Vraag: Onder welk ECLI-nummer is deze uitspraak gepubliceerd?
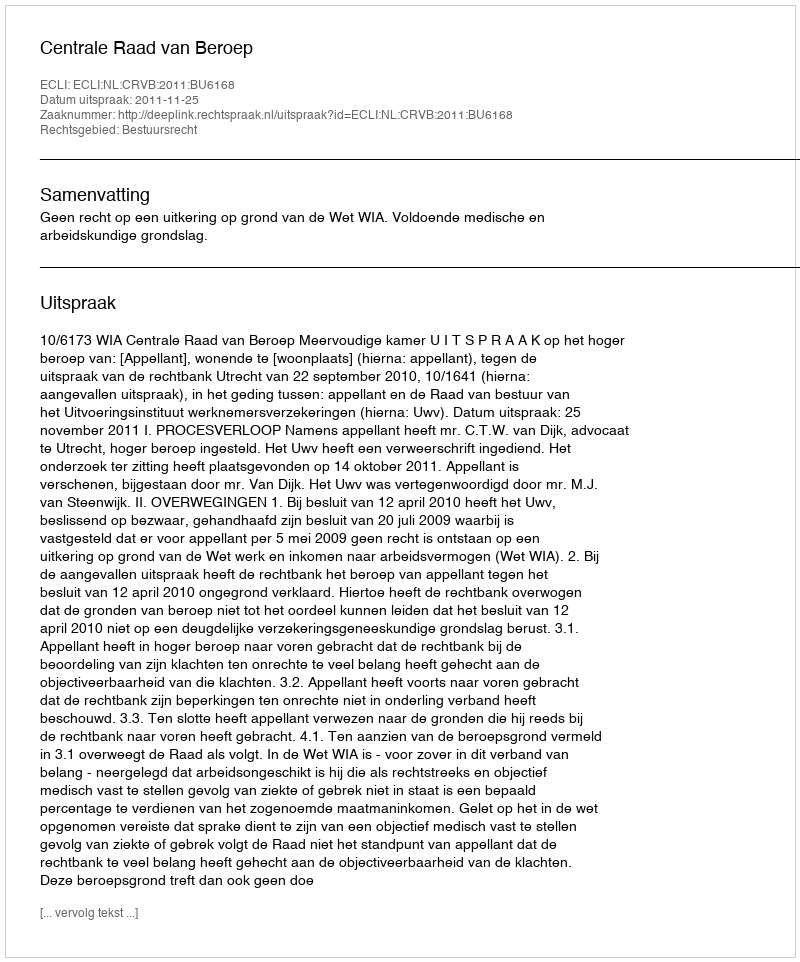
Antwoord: ECLI:NL:CRVB:2011:BU6168